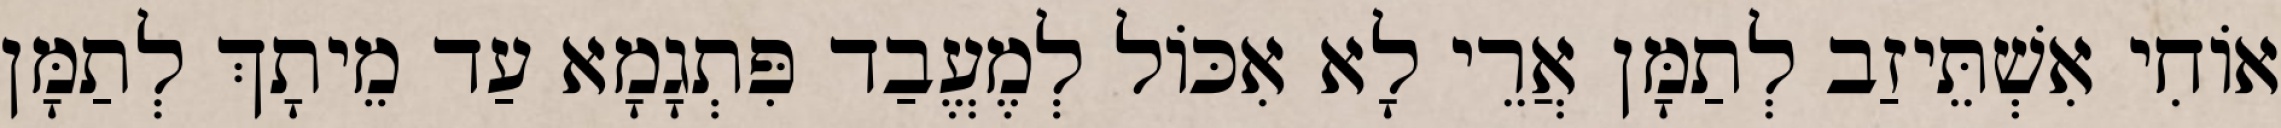
אוֹחִי אִשְׁתֵּיזַב לְתַמָּן אֲרֵי לָא אִכּוֹל לְמֶעֱבַד פִּתְגָמָא עַד מֵיתָךְ לְתַמָּן